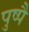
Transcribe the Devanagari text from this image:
पुष्पै